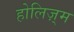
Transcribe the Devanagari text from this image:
होलिज़्म